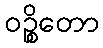
ဝဉ္စိတော